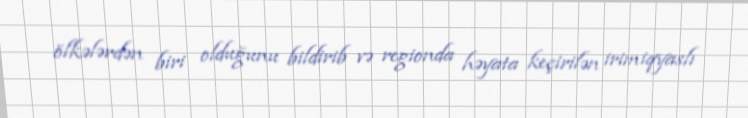
ölkələrdən biri olduğunu bildirib və regionda həyata keçirilən irimiqyaslı